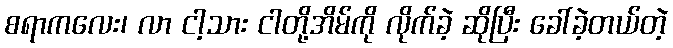
စရာကလေး၊ လာ ငါ့သား ငါတို့အိမ်ကို လိုက်ခဲ့ ဆိုပြီး ခေါ်ခဲ့တယ်တဲ့